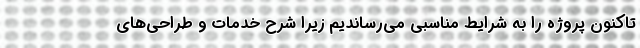
تاکنون پروژه را به شرایط مناسبی می‌رساندیم زیرا شرح خدمات و طراحی‌های